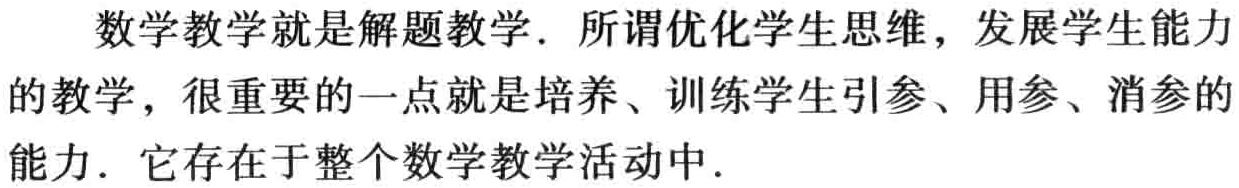
数学教学就是解题教学. 所谓优化学生思维，发展学生能力的教学，很重要的一点就是培养、训练学生引参、用参、消参的能力. 它存在于整个数学教学活动中.